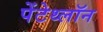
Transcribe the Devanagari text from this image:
पेंटेथ्लॉन